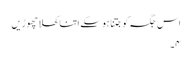
اس جگہ کو جتنا ہوسکے اتنا کھلا چھوڑیں
۴۔